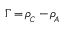
\Gamma \, { = } \, \rho _ { _ C } \, { - } \, \rho \! _ { _ A }